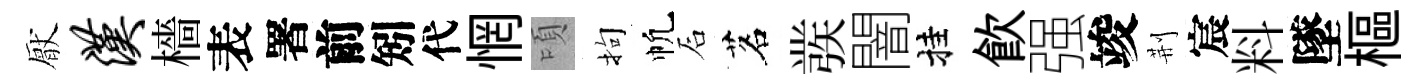
厭汉檣表署前矧代惘頃拘帆石茗彂闇挂飮强竣荆宸料墜樞